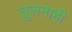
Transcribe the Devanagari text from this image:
तुलनाही